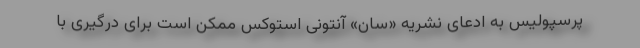
پرسپولیس به ادعای نشریه «سان» آنتونی استوکس ممکن است برای درگیری با